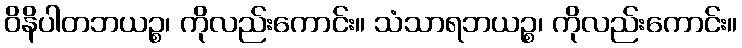
ဝိနိပါတဘယဉ္စ၊ ကိုလည်းကောင်း။ သံသာရဘယဉ္စ၊ ကိုလည်းကောင်း။